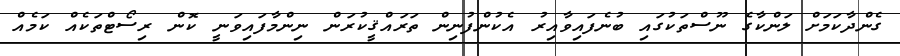
ގެންދާކަމަށް ލަންކާގެ ނޫސްތަކުގައި ބުނެފައިވާއިރު އެކުންފުނިން ތަރައްޤީކުރަން ނިންމާފައިވަނީ ކޮން ރިސޯޓްތަކެއް ކަމެއް